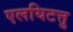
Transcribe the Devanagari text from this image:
एलयिटत्तु